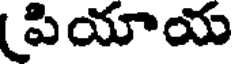
పియాయ